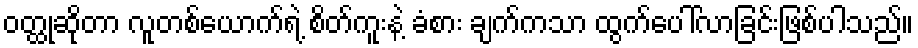
ဝတ္ထုဆိုတာ လူတစ်ယောက်ရဲ့ စိတ်ကူးနဲ့ ခံစား ချက်ကသာ ထွက်ပေါ်လာခြင်းဖြစ်ပါသည်။